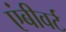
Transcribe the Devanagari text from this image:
एंबीवर्ट